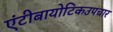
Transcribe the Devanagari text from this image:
एंटीबायोटिकउपचार